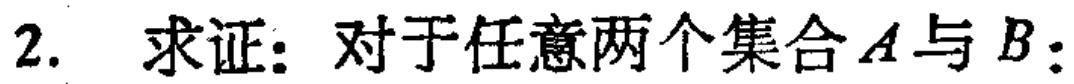
2. 求证：对于任意两个集合\(A\)与\(B\)：